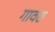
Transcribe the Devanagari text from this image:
गावठ